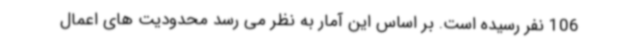
106 نفر رسیده است. بر اساس این آمار به نظر می رسد محدودیت های اعمال